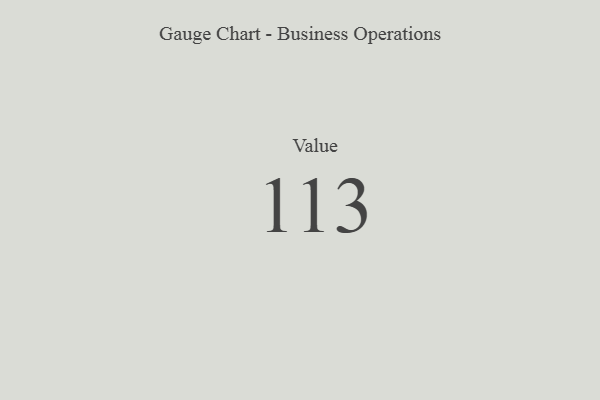
{"axis": {"x": "Metric", "y": "Value"}, "legend": [""], "data": [{"x": "Value", "y": 113, "type": ""}]}